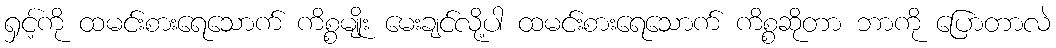
ရှင့်ကို ထမင်းစားရေသောက် ကိစ္စမျိုး မေးချင်လို့ပါ ထမင်းစားရေသောက် ကိစ္စဆိုတာ ဘာကို ပြောတာလဲ